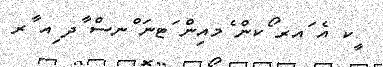
ީކ އެ ައރ ޯކން ެމއިން ަޓނަ ްނސް ާދ ިއ ާރ